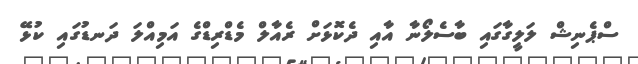
ސްޕެނިޝް ލަލީގާގައި ބާސެލޯނާ އާއި ދެކޮޅަށް ރެއާލް މެޑްރިޑްގެ އަމިއްލަ ދަނޑުގައި ކުޅޭ